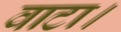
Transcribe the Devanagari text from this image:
वाटा।